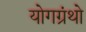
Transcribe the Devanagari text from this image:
योगग्रंथो